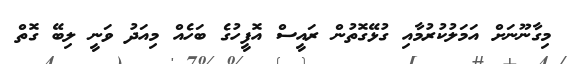
މިގާނޫނަށް އަމަލުކުރުމާއި ގުޅޭގޮތުން ރައީސް އޮފީހުގެ ބަހެއް މިއަދު ވަނީ ލިބޭ ގޮތް